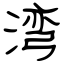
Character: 湾